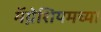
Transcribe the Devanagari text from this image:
मॅग्नेशियमच्या